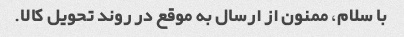
با سلام، ممنون از ارسال به موقع در روند تحویل کالا.